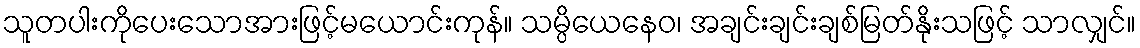
သူတပါးကိုပေးသောအားဖြင့်မယောင်းကုန်။ သမ္ပိယေနေဝ၊ အချင်းချင်းချစ်မြတ်နိုးသဖြင့် သာလျှင်။